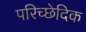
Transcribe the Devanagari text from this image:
परिच्छेदिक